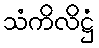
သံကိလိဋ္ဌံ